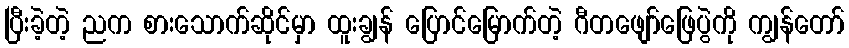
ပြီးခဲ့တဲ့ ညက စားသောက်ဆိုင်မှာ ထူးချွန် ပြောင်မြောက်တဲ့ ဂီတဖျော်ဖြေပွဲကို ကျွန်တော်